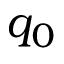
q _ { 0 }